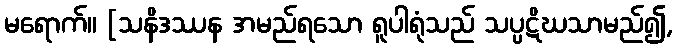
မရောက်။ [သနိဒဿန အမည်ရသော ရူပါရုံသည် သပ္ပဋိဃသာမည်၍,